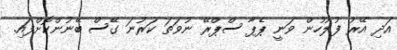
އަދި އޭރު ފުލުހުން ވަނީ ޕެޕާ ސްޕްރޭ ނުވަތަ ކަރުނަ ގޭސް ބޭނުންކޮށްފައި.